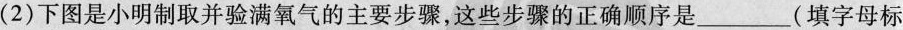
(2)下图是小明制取并验满氧气的主要步骤，这些步骤的正确顺序是___(填字母标